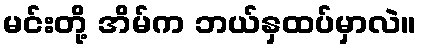
မင်းတို့ အိမ်က ဘယ်နှထပ်မှာလဲ။